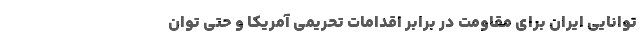
توانایی ایران برای مقاومت در برابر اقدامات تحریمی آمریكا و حتی توان